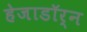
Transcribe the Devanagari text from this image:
हेजाडॉर्न